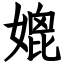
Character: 媲